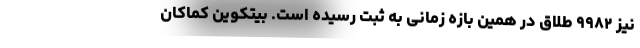
نیز ۹۹۸۲ طلاق در همین بازه زمانی به ثبت رسیده است. بیتکوین کماکان